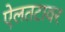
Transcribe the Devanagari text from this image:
ऐलतटावर